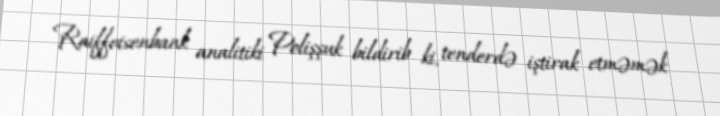
Raiffeisenbank analitiki Polişşuk bildirib ki, tenderdə iştirak etməmək